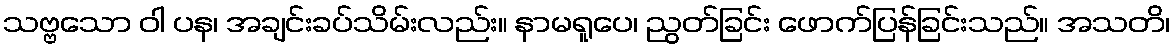
သဗ္ဗသော ဝါ ပန၊ အချင်းခပ်သိမ်းလည်း။ နာမရူပေ၊ ညွတ်ခြင်း ဖောက်ပြန်ခြင်းသည်။ အသတိ၊